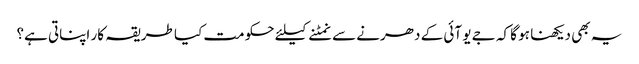
یہ بھی دیکھنا ہو گا کہ جے یو آئی کے دھرنے سے نمٹنے کیلئے حکومت کیا طریقہ کار اپناتی ہے؟